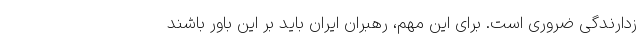
زدارندگی ضروری است. برای این مهم، رهبران ایران باید بر این باور باشند